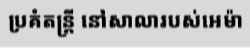
ប្រគំតន្ត្រី នៅសាលារបស់អេម៉ា